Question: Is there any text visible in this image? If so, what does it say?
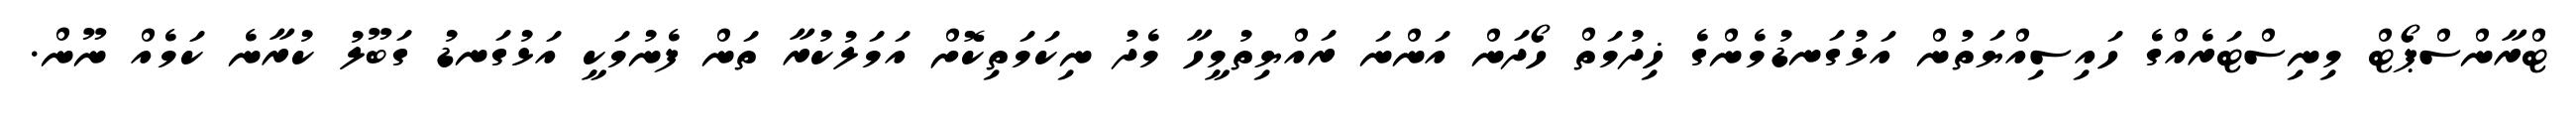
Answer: ޓްރާންސްޕޯޓް މިނިސްޓަރެއްގެ ހައިސިއްޔަތުން އަޅުގަނޑުމެންގެ ޚިދުމަތް ހޯދަން އަންނަ ރައްޔިތުމީހާ މެދު ނިކަމަތިކޮށް އަމަލުކުރާ ތަން ފެނުމަކީ އަޅުގަނޑު ގަބޫލު ކުރާނެ ކަމެއް ނޫން.